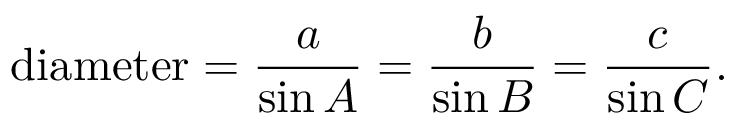
{ \mathrm { d i a m e t e r } } = { \frac { a } { \sin A } } = { \frac { b } { \sin B } } = { \frac { c } { \sin C } } .